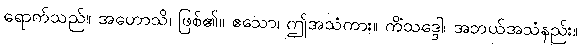
ရောက်သည်။ အဟောသိ၊ ဖြစ်၏။ ဧသော၊ ဤအသံကား။ ကိံသဒ္ဒေါ၊ အဘယ်အသံနည်း။